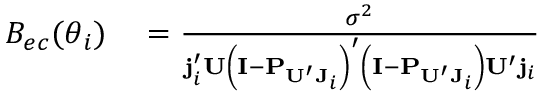
\begin{array} { r l } { B _ { e c } ( \boldsymbol \theta _ { i } ) } & { { } = \frac { \sigma ^ { 2 } } { \mathbf { j } _ { i } ^ { \prime } \mathbf { U } \left( \mathbf { I } - \mathbf { P } _ { \mathbf { U } ^ { \prime } \mathbf { J } _ { i } } \right) ^ { \prime } \left( \mathbf { I } - \mathbf { P } _ { \mathbf { U } ^ { \prime } \mathbf { J } _ { i } } \right) \mathbf { U } ^ { \prime } \mathbf { j } _ { i } } } \end{array}